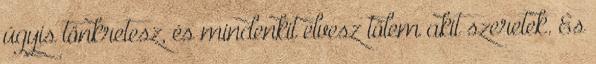
úgyis tönkretesz, és mindenkit elvesz tőlem akit szeretek. És